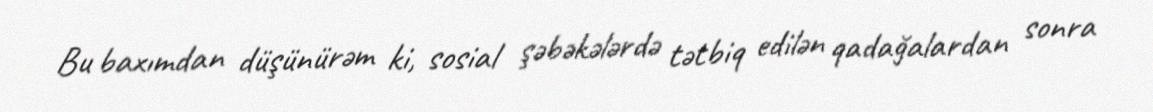
Bu baxımdan düşünürəm ki, sosial şəbəkələrdə tətbiq edilən qadağalardan sonra